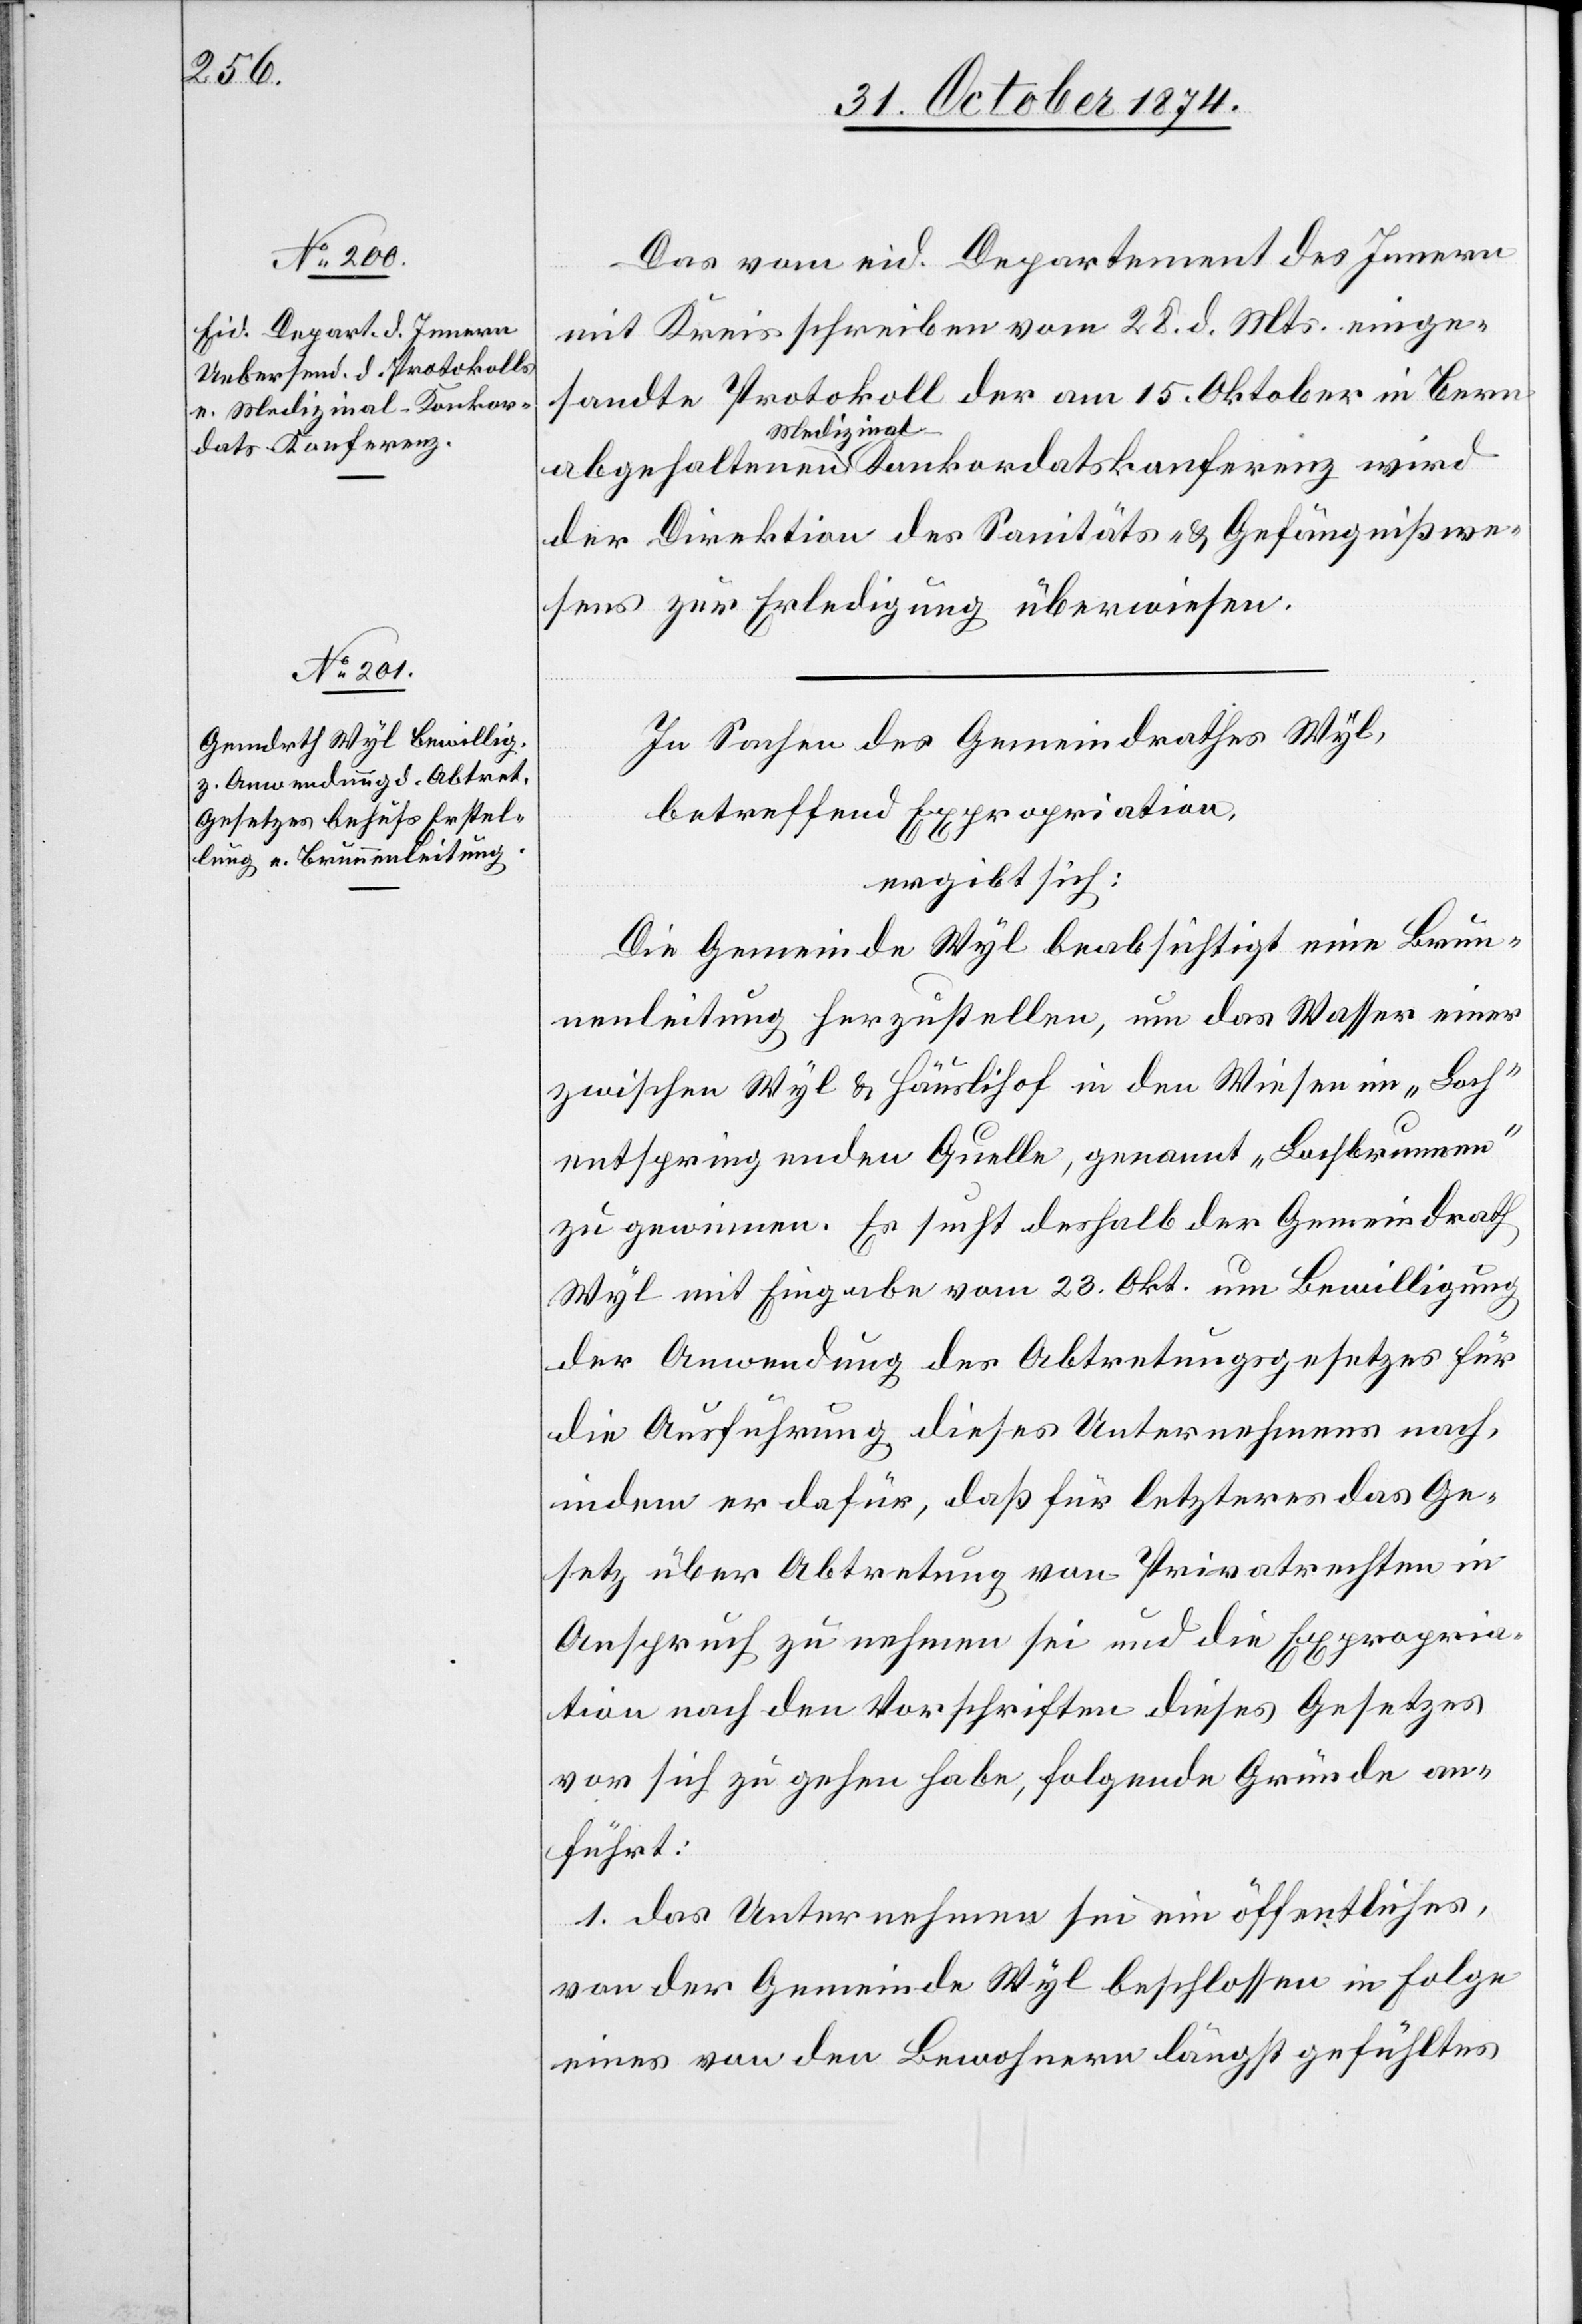
Medizinal-Konkor¬
datskonferenz

Das vom eid. Departement des Innern
mit Kreisschreiben vom 28. d. Mts. einge¬
sandte Protokoll der am 15. Oktober in Bern
der Direktion des Sanitäts- & Gefängnißwe¬
sens zur Erledigung überwiesen.
In Sachen des Gemeindrathes Wyl,
betreffend Expropriation,
ergibt sich:
Die Gemeinde Wyl beabsichtigt eine Brun¬
nenleitung herzustellen, um das Wasser einer
zwischen Wyl & Häuslihof in den Wiesen im „Bach“
entspringenden Quelle, genannt „Bachbrunnen“
zu gewinnen. Es sucht deshalb der Gemeindrath
Wyl mit Eingabe vom 23. Okt. um Bewilligung
der Anwendung des Abtretungsgesetzes für
die Ausführung dieses Unternehmens nach,
indem er dafür, daß für letzteres das Ge¬
setz über Abtretung von Privatrechten in
Anspruch zu nehmen sei und die Expropria¬
tion nach den Vorschriften dieses Gesetzes
vor sich zu gehen habe, folgende Gründe an¬
führt:
1. das Unternehmen sei ein öffentliches,
von der Gemeinde Wyl beschlossen in Folge
eines von den Bewohnern längst gefühltes